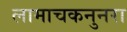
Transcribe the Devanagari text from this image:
लामाचकनुनरा